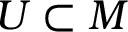
U \subset M